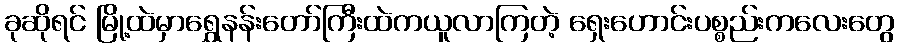
ခုဆိုရင် မြို့ထဲမှာရွှေနန်းတော်ကြီးထဲကယူလာကြတဲ့ ရှေးဟောင်းပစ္စည်းကလေးတွေ